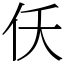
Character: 仸